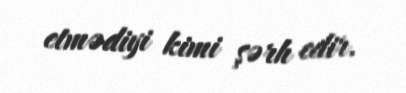
etmədiyi kimi şərh edir.